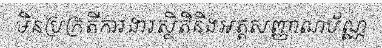
មិនប្រក្រតីការងារស្ថិតិនិងអត្តសញ្ញាណប័ណ្ណ